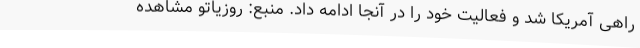
راهی آمریکا شد و فعالیت خود را در آنجا ادامه داد. منبع: روزیاتو مشاهده